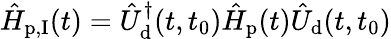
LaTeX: \hat{H}_{\textrm{p,I}}(t)=\hat{U}_{\textrm{d}}^{\dagger}(t,t_{0})\hat{H}_{\textrm{p}}(t)\hat{U}_{\textrm{d}}(t,t_{0})